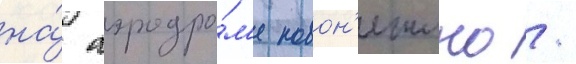
на́ аэродро́м'е новон'ежино /